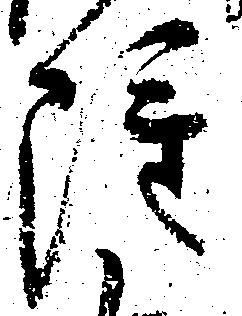
雖